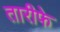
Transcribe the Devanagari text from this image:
तारीफे